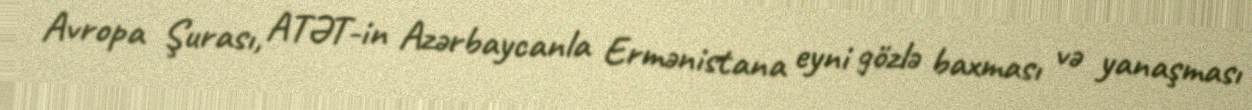
Avropa Şurası, ATƏT-in Azərbaycanla Ermənistana eyni gözlə baxması və yanaşması